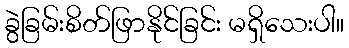
ခွဲခြမ်းစိတ်ဖြာနိုင်ခြင်း မရှိသေးပါ။